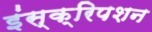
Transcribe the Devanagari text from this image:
इंस्क्रिपशन